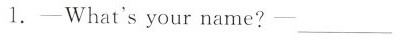
1.-What's your name?- ___